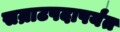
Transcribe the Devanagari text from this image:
सम्राटपदापर्यंत